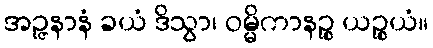
အဉ္ဇနာနံ ခယံ ဒိသွာ၊ ဝမ္မိကာနဉ္စ ယဉ္စယံ။